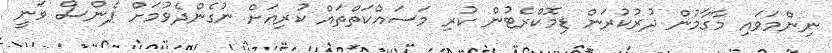
ނިންމަވައި މާގާމުން ދުރުކުރަން ޑިމޮކްރެޓުން ކުރި މަސައްކަތްތައް ކުރިއަށް ނުގެންދެވުމަށް ޕެންސް ވަނީ